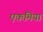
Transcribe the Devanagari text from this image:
एकमियां